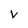
Character: V